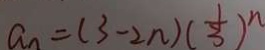
a _ { n } = ( 3 - 2 n ) ( \frac { 1 } { 3 } ) ^ { n }